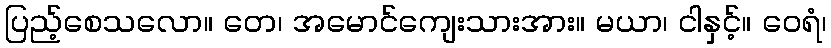
ပြည့်စေသလော။ တေ၊ အမောင်ကျေးသားအား။ မယာ၊ ငါနှင့်။ ဝေရံ၊